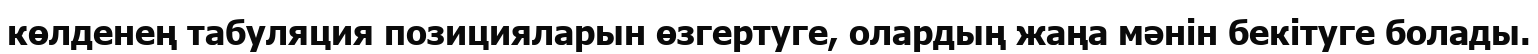
көлденең табуляция позицияларын өзгертуге, олардың жаңа мәнін бекітуге болады.